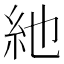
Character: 䊶